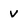
Character: v